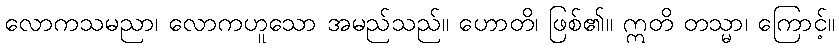
လောကသမညာ၊ လောကဟူသော အမည်သည်။ ဟောတိ၊ ဖြစ်၏။ ဣတိ တသ္မာ၊ ကြောင့်။